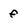
Character: f